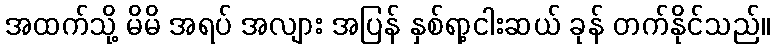
အထက်သို့ မိမိ အရပ် အလျား အပြန် နှစ်ရာ့ငါးဆယ် ခုန် တက်နိုင်သည်။